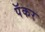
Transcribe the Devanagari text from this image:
पॅकर